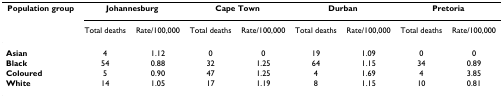
<table><thead><tr><td><b>Population group</b></td><td colspan="2"><b>Johannesburg</b></td><td colspan="2"><b>Cape Town</b></td><td colspan="2"><b>Durban</b></td><td colspan="2"><b>Pretoria</b></td></tr><tr><td></td><td><b>Total deaths</b></td><td><b>Rate/100,000</b></td><td><b>Total deaths</b></td><td><b>Rate/100,000</b></td><td><b>Total deaths</b></td><td><b>Rate/100,000</b></td><td><b>Total deaths</b></td><td><b>Rate/100,000</b></td></tr></thead><tbody><tr><td><b>Asian</b></td><td>4</td><td>1.12</td><td>0</td><td>0</td><td>19</td><td>1.09</td><td>0</td><td>0</td></tr><tr><td><b>Black</b></td><td>54</td><td>0.88</td><td>32</td><td>1.25</td><td>64</td><td>1.15</td><td>34</td><td>0.89</td></tr><tr><td><b>Coloured</b></td><td>5</td><td>0.90</td><td>47</td><td>1.25</td><td>4</td><td>1.69</td><td>4</td><td>3.85</td></tr><tr><td><b>White</b></td><td>14</td><td>1.05</td><td>17</td><td>1.19</td><td>8</td><td>1.15</td><td>10</td><td>0.81</td></tr></tbody></table>